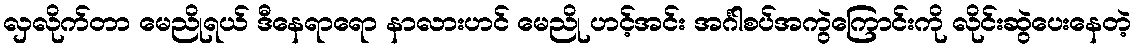
လှလိုက်တာ မေညိုရယ် ဒီနေရာရော နာလားဟင် မေညို ဟင့်အင်း အင်္ဂါစပ်အကွဲကြောင်းကို လိုင်းဆွဲပေးနေတဲ့